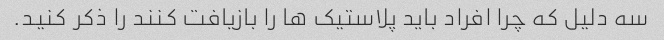
سه دلیل که چرا افراد باید پلاستیک ها را بازیافت کنند را ذکر کنید.